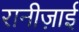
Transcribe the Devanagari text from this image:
रानीज़ाई